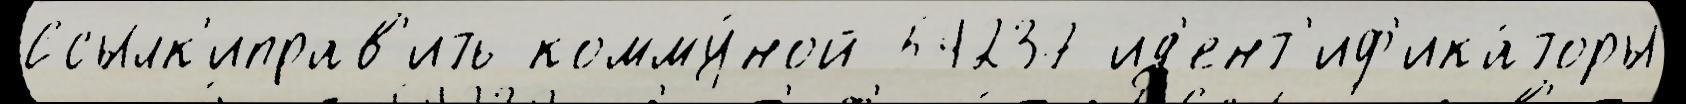
Ссылк'иправ'ить комму́ной 54237 ид'ент'иф'ика́торы